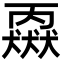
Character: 𬍈